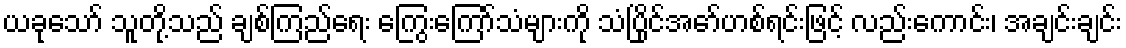
ယခုသော် သူတို့သည် ချစ်ကြည်ရေး ကြွေးကြော်သံများကို သံပြိုင်အော်ဟစ်ရင်းဖြင့် လည်းကောင်း၊ အချင်းချင်း